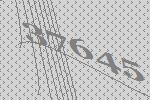
37645